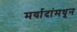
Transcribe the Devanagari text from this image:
मर्यादांमधून